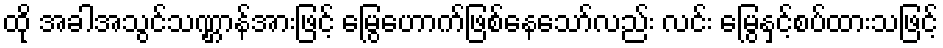
ထို အခါအသွင်သဏ္ဌာန်အားဖြင့် မြွေဟောက်ဖြစ်နေသော်လည်း လင်း မြွေနှင့်စပ်ထားသဖြင့်